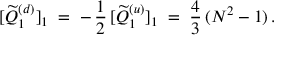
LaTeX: [ \widetilde { Q } _ { 1 } ^ { ( d ) } ] _ { 1 } \; = \; - \, \frac { 1 } { 2 } \, [ \widetilde { Q } _ { 1 } ^ { ( u ) } ] _ { 1 } \; = \; \frac { 4 } { 3 } \, ( N ^ { 2 } - 1 ) \, .